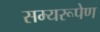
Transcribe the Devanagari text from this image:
सम्यरूपेण